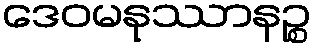
ဒေဝမနုဿာနဉ္စ